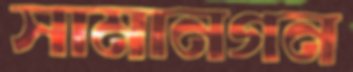
সামানগন